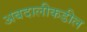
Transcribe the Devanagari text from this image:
अबदालीकडील